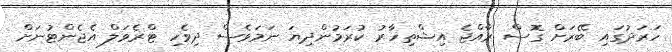
ހަރަދުގައި ބޭރަށް ގޮސް ރާއްޖެ އިޝްތިހާރު ކުރަމުންދިޔަ ނަމަވެސް ދިވެހި ޓްރެވަލް އެޖެންޓުނަށް